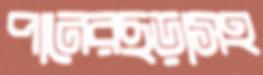
পানেরছড়াসহ